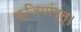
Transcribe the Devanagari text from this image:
क्ज़ियांग्नू।